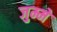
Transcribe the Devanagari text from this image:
जुम्मे